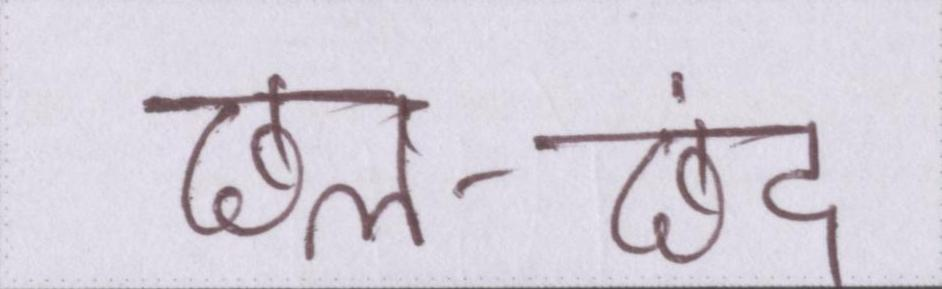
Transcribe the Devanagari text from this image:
छल-छंद